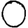
Digit: 0